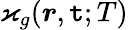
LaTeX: \varkappa_{g}(\boldsymbol{r},\mathtt{t};T)